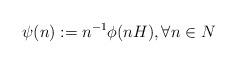
LaTeX: \begin{align*}\psi (n):=n^{-1}\phi (nH), \forall n\in N\end{align*}